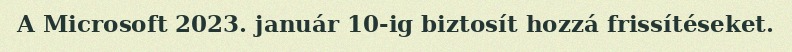
A Microsoft 2023. január 10-ig biztosít hozzá frissítéseket.